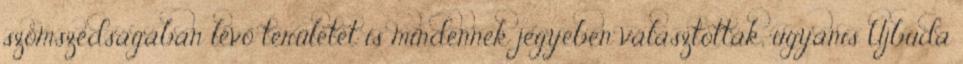
szomszédságában lévő területet is mindennek jegyében választották, ugyanis Újbuda